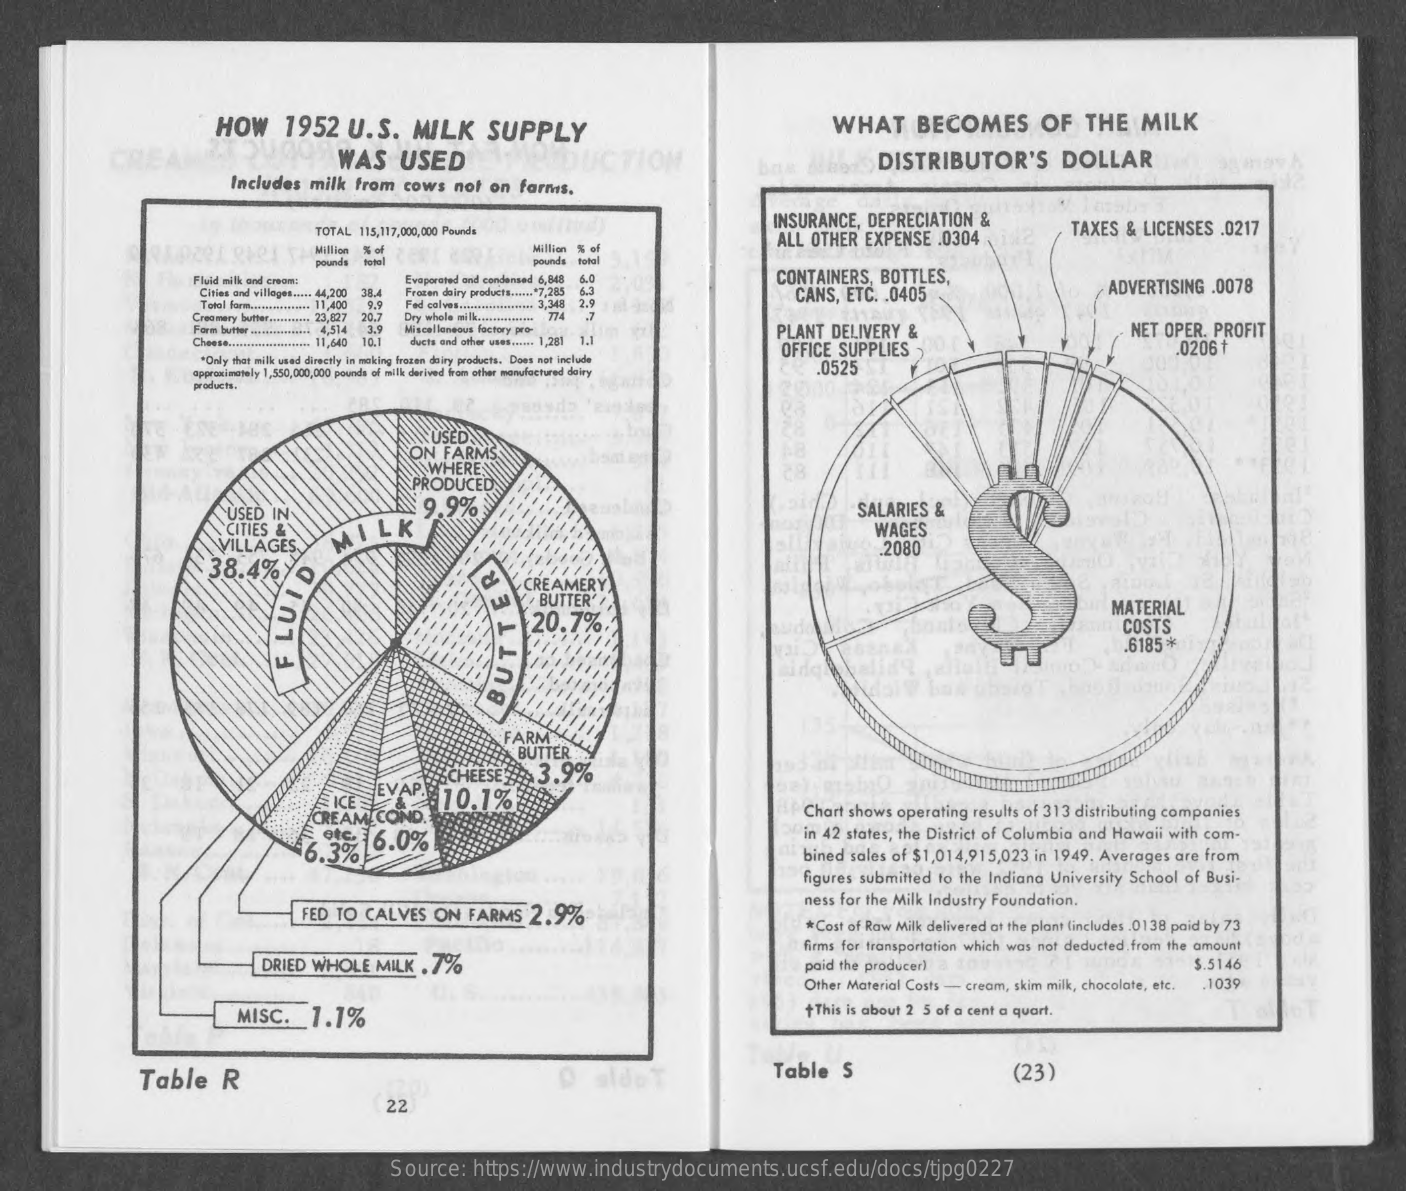
HOW    1952   U.S.    MILK    SUPPLY    WHAT    BECOMES    OF    THE   MILK
     WAS   USED    UICTION    DISTRIBUTOR'S    DOLLAR
     Includes milk from cows  not on farms.
     TOTAL 115,117,000,000 Pounds
     INSURANCE, DEPRECIATION &    TAXES & LICENSES .0217
     Million
     ALL OTHER EXPENSE .0304
     Million % of
     pounds    pounds total
     Fluid milk and cream:   Evaporated and condensed 6,848 6.0    CONTAINERS, BOTTLES,
     Cities and villages ..... 44,200
     Total farm ................ 11,400
     38.4 Frozen dairy products ......* 7,285 6.3    CANS, ETC. . 0405    ADVERTISING .0078
     9.9    2.9
     Creomary butter .......... 23,827
     Fed calves .................... 3,348
     20.7
     Farm butter .............. . 4,514
     Dry whole milk ...............
     Chers ......................... 11,640 10.1
     3.9 Miscellaneous factory pro-
     ducts and other uses ...... 1,285 1.1
     PLANT DELIVERY &    NET OPER. PROFIT
     *Only that milk used directly in making frozen dairy products. Does not include
     OFFICE SUPPLIES    .0206 +
     approximately 1,550,000,000 pounds of milk derived from other manufactured dairy .0525
     products.
     USED
     ON  FARMS
     WHERE
     PRODUCED
     USED IN    9.9%    SALARIES &
     CITIES &
     VILLAGES    MILK    WAGES
     38.4%)
     .2080
     CREAMERY
     (. BUTTER'
     20.7%
     MATERIAL
     COSTS
     .6185*
     FLUID    BUTTER
     FARM
     BUTTER
     EVAP.   10.1%
     $3.9%
     CREAM/COND.    Chart shows operating results of 313 distributing companies
     etc.  6.0% 6.391
     in 42 states, the District of Columbia and Hawaii with com-
     bined sales of $1,014,915,023 in 1949. Averages are from
     figures submitted to the Indiana University School of Busi-
     FED TO CALVES  ON  FARMS   2.9%
     ness for the Milk Industry Foundation.
     *Cost of Raw Milk delivered at the plant (includes .0138 paid by 73
     DRIED WHOLE  MILK . 7%
     firms for transportation which was not deducted from the amount
     paid the producer    $.5146
     Other Material Costs - cream, skim milk, chocolate, etc. .1039
     MISC.    1.1%    +This is about 2 5 of a cent a quart.
     Table    R    Table   S    (23)
     22
     Source:   https://www.industrydocuments.ucsf.edu/docs/tjpg0227